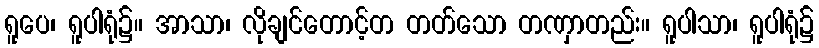
ရူပေ၊ ရူပါရုံ၌။ အာသာ၊ လိုချင်တောင့်တ တတ်သော တဏှာတည်း။ ရူပါသာ၊ ရူပါရုံ၌